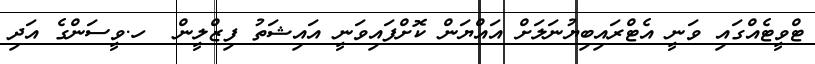
ޓްވީޓެއްގައި ވަނީ އެޓްރައިބިޔުނަލަށް އައްޔަން ކޮށްފައިވަނީ އައިޝަތު ފިޒްލީން  ހ.ވީސަންގެ އަދި